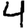
Digit: 4